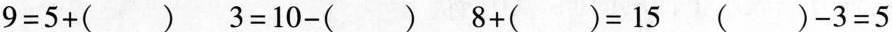
9=5+()3=10-()8+()=15()-3=5